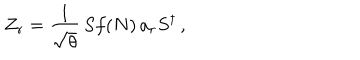
LaTeX: Z _ { r } = \frac { 1 } { \sqrt { \theta } } \, S f ( N ) \, a _ { r } S ^ { \dagger } \, ,